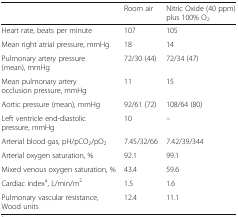
|  | Room air | Nitric Oxide (40 ppm) plus 100% O2 |
 | --- | --- | --- |
 | Heart rate, beats per minute | 107 | 105 |
 | Mean right atrial pressure, mmHg | 18 | 14 |
 | Pulmonary artery pressure (mean), mmHg | 72/30 (44) | 72/34 (47) |
 | Mean pulmonary artery occlusion pressure, mmHg | 11 | 15 |
 | Aortic pressure (mean), mmHg | 92/61 (72) | 108/64 (80) |
 | Left ventricle end-diastolic pressure, mmHg | 10 | – |
 | Arterial blood gas, pH/pCO2/pO2 | 7.45/32/66 | 7.42/39/344 |
 | Arterial oxygen saturation, % | 92.1 | 99.1 |
 | Mixed venous oxygen saturation, % | 43.4 | 59.6 |
 | Cardiac indexa, L/min/m2 | 1.5 | 1.6 |
 | Pulmonary vascular resistance, Wood units | 12.4 | 11.1 |